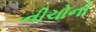
નીચોનો